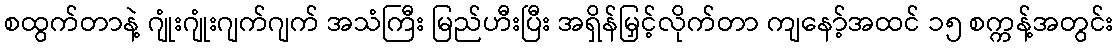
စထွက်တာနဲ့ ဂျုံးဂျုံးဂျက်ဂျက် အသံကြီး မြည်ဟီးပြီး အရှိန်မြှင့်လိုက်တာ ကျနော့်အထင် ၁၅ စက္ကန့်အတွင်း